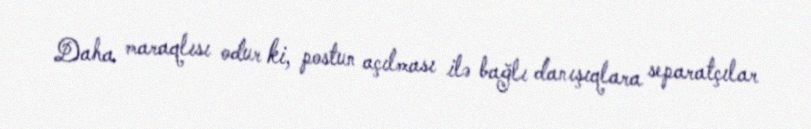
Daha maraqlısı odur ki, postun açılması ilə bağlı danışıqlara separatçılar